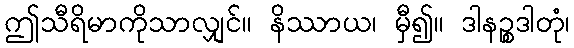
ဤသီရိမာကိုသာလျှင်။ နိဿာယ၊ မှီ၍။ ဒါနဉ္စဒါတုံ၊